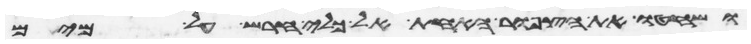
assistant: ושחטו את הצפור האחת אל כלי חרש על מים